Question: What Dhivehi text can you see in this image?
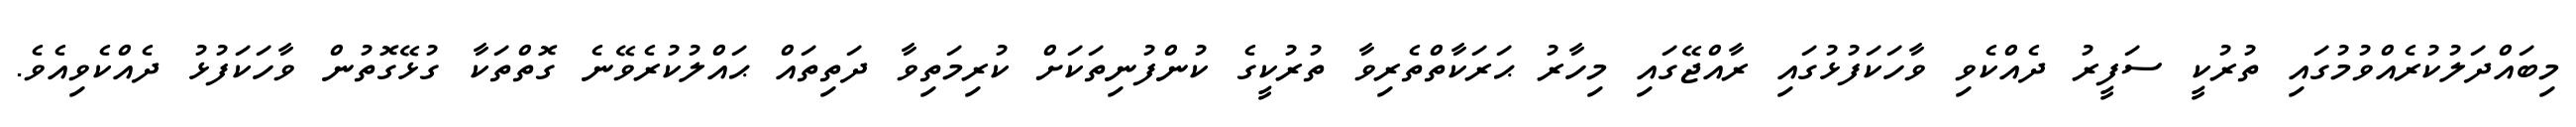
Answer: މިބައްދަލުކުރެއްވުމުގައި ތުރުކީ ސަފީރު ދެއްކެވި ވާހަކަފުޅުގައި ރާއްޖޭގައި މިހާރު ޙަރަކާތްތެރިވާ ތުރުކީގެ ކުންފުނިތަކަށް ކުރިމަތިވާ ދަތިތައް ޙައްލުކުރެވޭނެ ގޮތްތަކާ ގުޅޭގޮތުން ވާހަކަފުޅު ދެއްކެވިއެވެ.